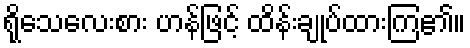
ရိုသေလေးစား ဟန်ဖြင့် ထိန်းချုပ်ထားကြ၏။